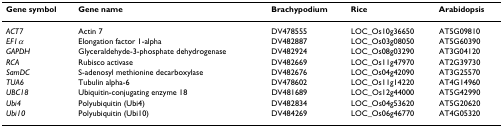
<table><thead><tr><td><b>Gene symbol</b></td><td><b>Gene name</b></td><td><b>Brachypodium</b></td><td><b>Rice</b></td><td><b>Arabidopsis</b></td></tr></thead><tbody><tr><td><i>ACT7</i></td><td>Actin 7</td><td>DV478555</td><td>LOC_Os10g36650</td><td>AT5G09810</td></tr><tr><td><i>EF1α</i></td><td>Elongation factor 1-alpha</td><td>DV482887</td><td>LOC_Os03g08050</td><td>AT5G60390</td></tr><tr><td><i>GAPDH</i></td><td>Glyceraldehyde-3-phosphate dehydrogenase</td><td>DV482924</td><td>LOC_Os08g03290</td><td>AT3G04120</td></tr><tr><td><i>RCA</i></td><td>Rubisco activase</td><td>DV482669</td><td>LOC_Os11g47970</td><td>AT2G39730</td></tr><tr><td><i>SamDC</i></td><td>S-adenosyl methionine decarboxylase</td><td>DV482676</td><td>LOC_Os04g42090</td><td>AT3G25570</td></tr><tr><td><i>TUA6</i></td><td>Tubulin alpha-6</td><td>DV478602</td><td>LOC_Os11g14220</td><td>AT4G14960</td></tr><tr><td><i>UBC18</i></td><td>Ubiquitin-conjugating enzyme 18</td><td>DV481689</td><td>LOC_Os12g44000</td><td>AT5G42990</td></tr><tr><td><i>Ubi4</i></td><td>Polyubiquitin (Ubi4)</td><td>DV482834</td><td>LOC_Os04g53620</td><td>AT5G20620</td></tr><tr><td><i>Ubi10</i></td><td>Polyubiquitin (Ubi10)</td><td>DV484269</td><td>LOC_Os06g46770</td><td>AT4G05320</td></tr></tbody></table>